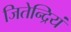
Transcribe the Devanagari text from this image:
जितेन्द्रियं